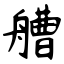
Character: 艚